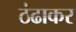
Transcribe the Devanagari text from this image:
ठंढाकर